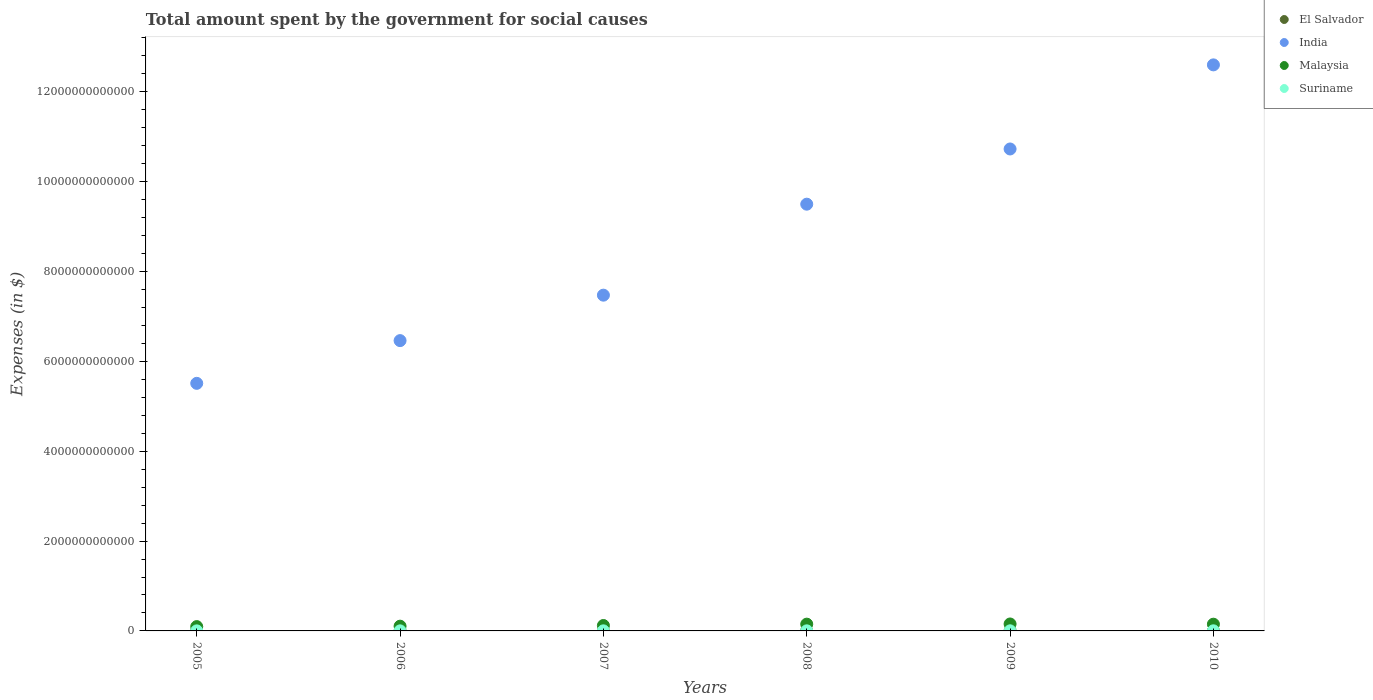
| Years | El Salvador | India | Malaysia | Suriname |
 | --- | --- | --- | --- | --- |
 | 2005 | 3.01e+09 | 5.51e+12 | 9.61e+10 | 1.28e+09 |
 | 2006 | 3.6e+09 | 6.46e+12 | 1.06e+11 | 1.63e+09 |
 | 2007 | 3.49e+09 | 7.47e+12 | 1.21e+11 | 1.82e+09 |
 | 2008 | 4.09e+09 | 9.5e+12 | 1.51e+11 | 1.99e+09 |
 | 2009 | 4.55e+09 | 1.07e+13 | 1.54e+11 | 2.47e+09 |
 | 2010 | 4.45e+09 | 1.26e+13 | 1.5e+11 | 2.5e+09 |